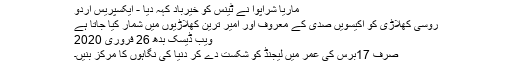
ماریا شراپوا نے ٹینس کو خیرباد کہہ دیا - ایکسپریس اردو
روسی کھلاڑی کو اکیسویں صدی کے معروف اور امیر ترین کھلاڑیوں میں شمار کیا جاتا ہے
ویب ڈیسک بدھ 26 فروری 2020
صرف 17برس کی عمر میں لیجنڈ کو شکست دے کر دنیا کی نگاہوں کا مرکز بنیں۔